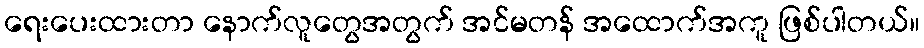
ရေးပေးထားတာ နောက်လူတွေအတွက် အင်မတန် အထောက်အကူ ဖြစ်ပါတယ်။